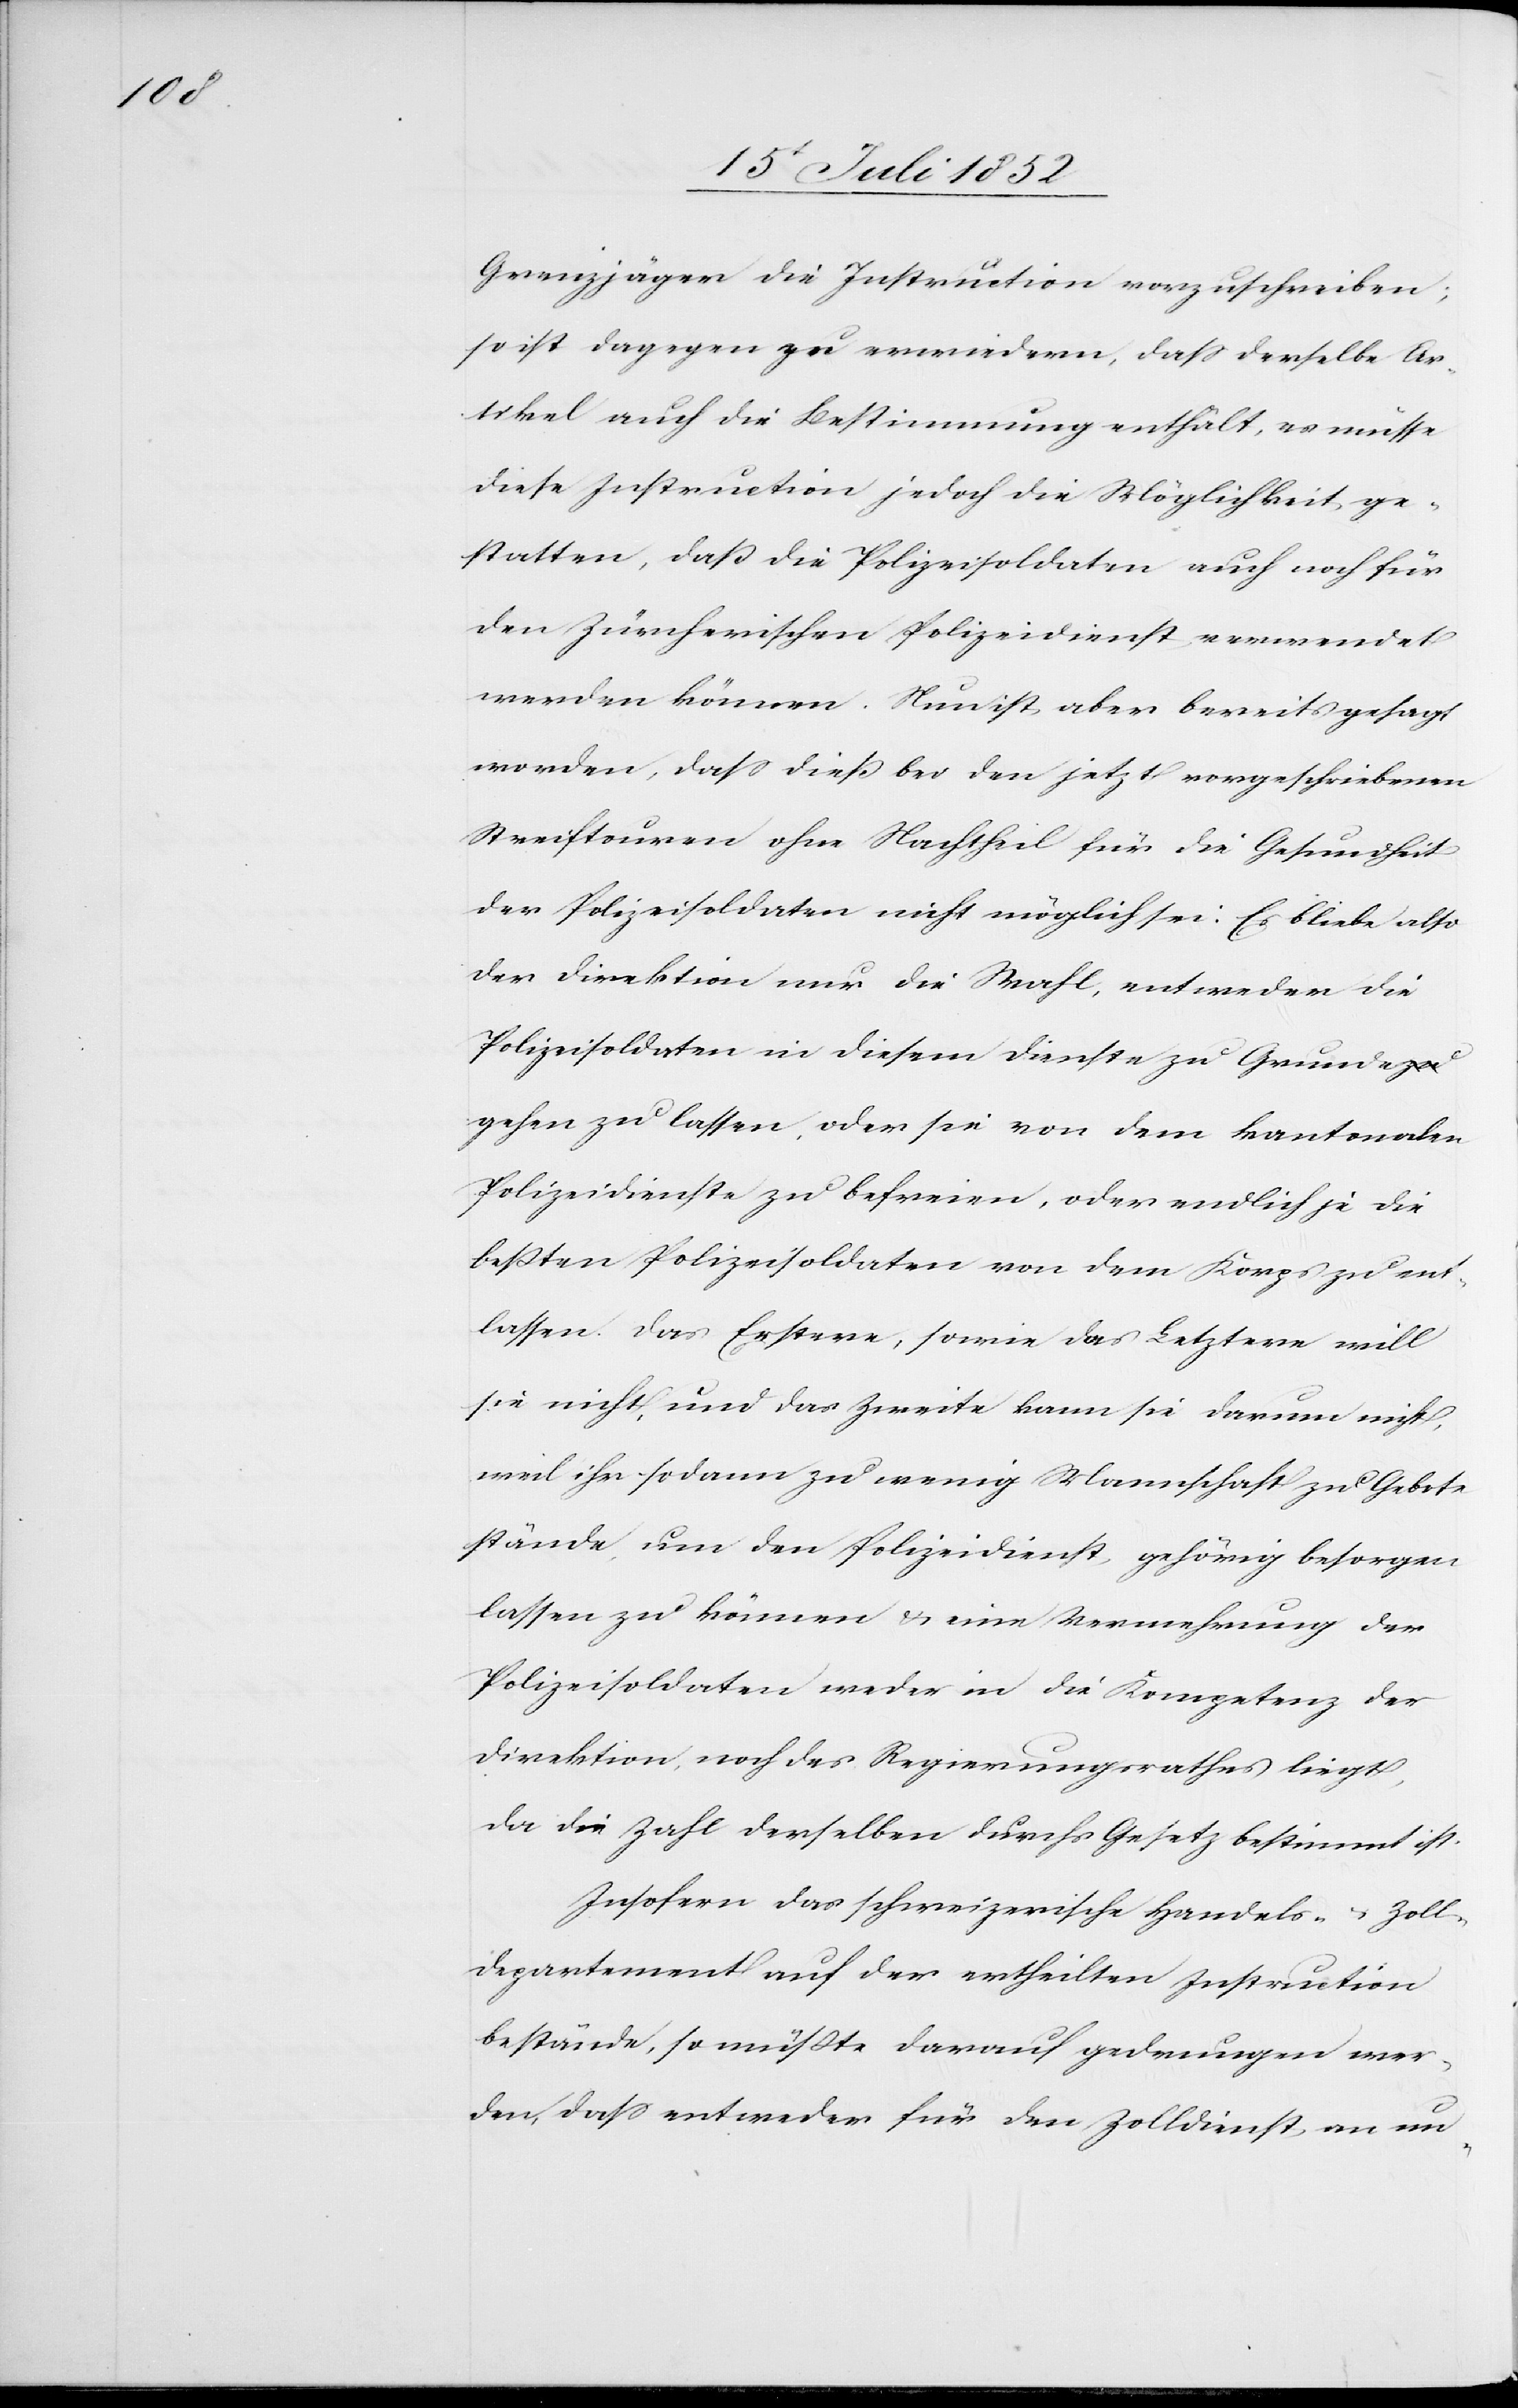
Grenzjäger die Instruction vorzuschreiben;
so ist dagegen zu erwiedern, dass derselbe Ar¬
tikel auch die Bestimmung enthält, es müsse
diese Instruction jedoch die Möglichkeit ge¬
statten, daß die Polizeisoldaten auch noch für
den Zürcherischen Polizeidienst verwendet
werden können. Nun ist aber bereits gesagt
worden, dass dieß bei den jetzt vorgeschriebenen
Streiftouren ohne Nachtheil für die Gesundheit
der Polizeisoldaten nicht möglich sei. Es bliebe also
der Direktion nur die Wahl, entweder die
Polizeisoldaten in diesem Dienste zu Grunde
gehen zu lassen, oder sie von dem kantonalen
Polizeidienste zu befreien, oder endlich je die
beßten Polizeisoldaten von dem Korps zu ent¬
lassen. Das Erstere, sowie das Letztere will
sie nicht, und das Zweite kann sie darum nicht,
weil ihr sodann zu wenig Mannschaft zu Gebote
stände, um den Polizeidienst, gehörig besorgen
lassen zu können & eine Vermehrung der
Polizeisoldaten weder in die [sic!] Kompetenz der
Direktion, noch des Regierungsrathes liegt,
da die Zahl derselben durchs Gesetz bestimmt ist.
Insofern das schweizerische Handels- & Zoll¬
departement auf der ertheilten Instruction
bestände, so müßte darauf gedrungen wer¬
den, dass entweder für den Zolldienst, an un-